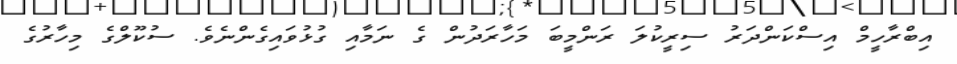
އިބްރާހީމް އިސްކަންދަރު ސިރީކުލަ ރަންމީބަ މަހާރަދުން ގެ ނަމާއި ގުޅުވައިގެންނެވެ. ސުކޫލްގެ މިހާރުގެ